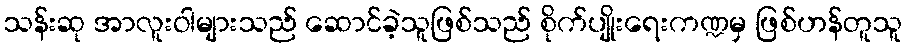
သန်းဆု အာလူးဝါများသည် ဆောင်ခဲ့သူဖြစ်သည် စိုက်ပျိုးရေးကဏ္ဍမှ ဖြစ်ဟန်တူသူ